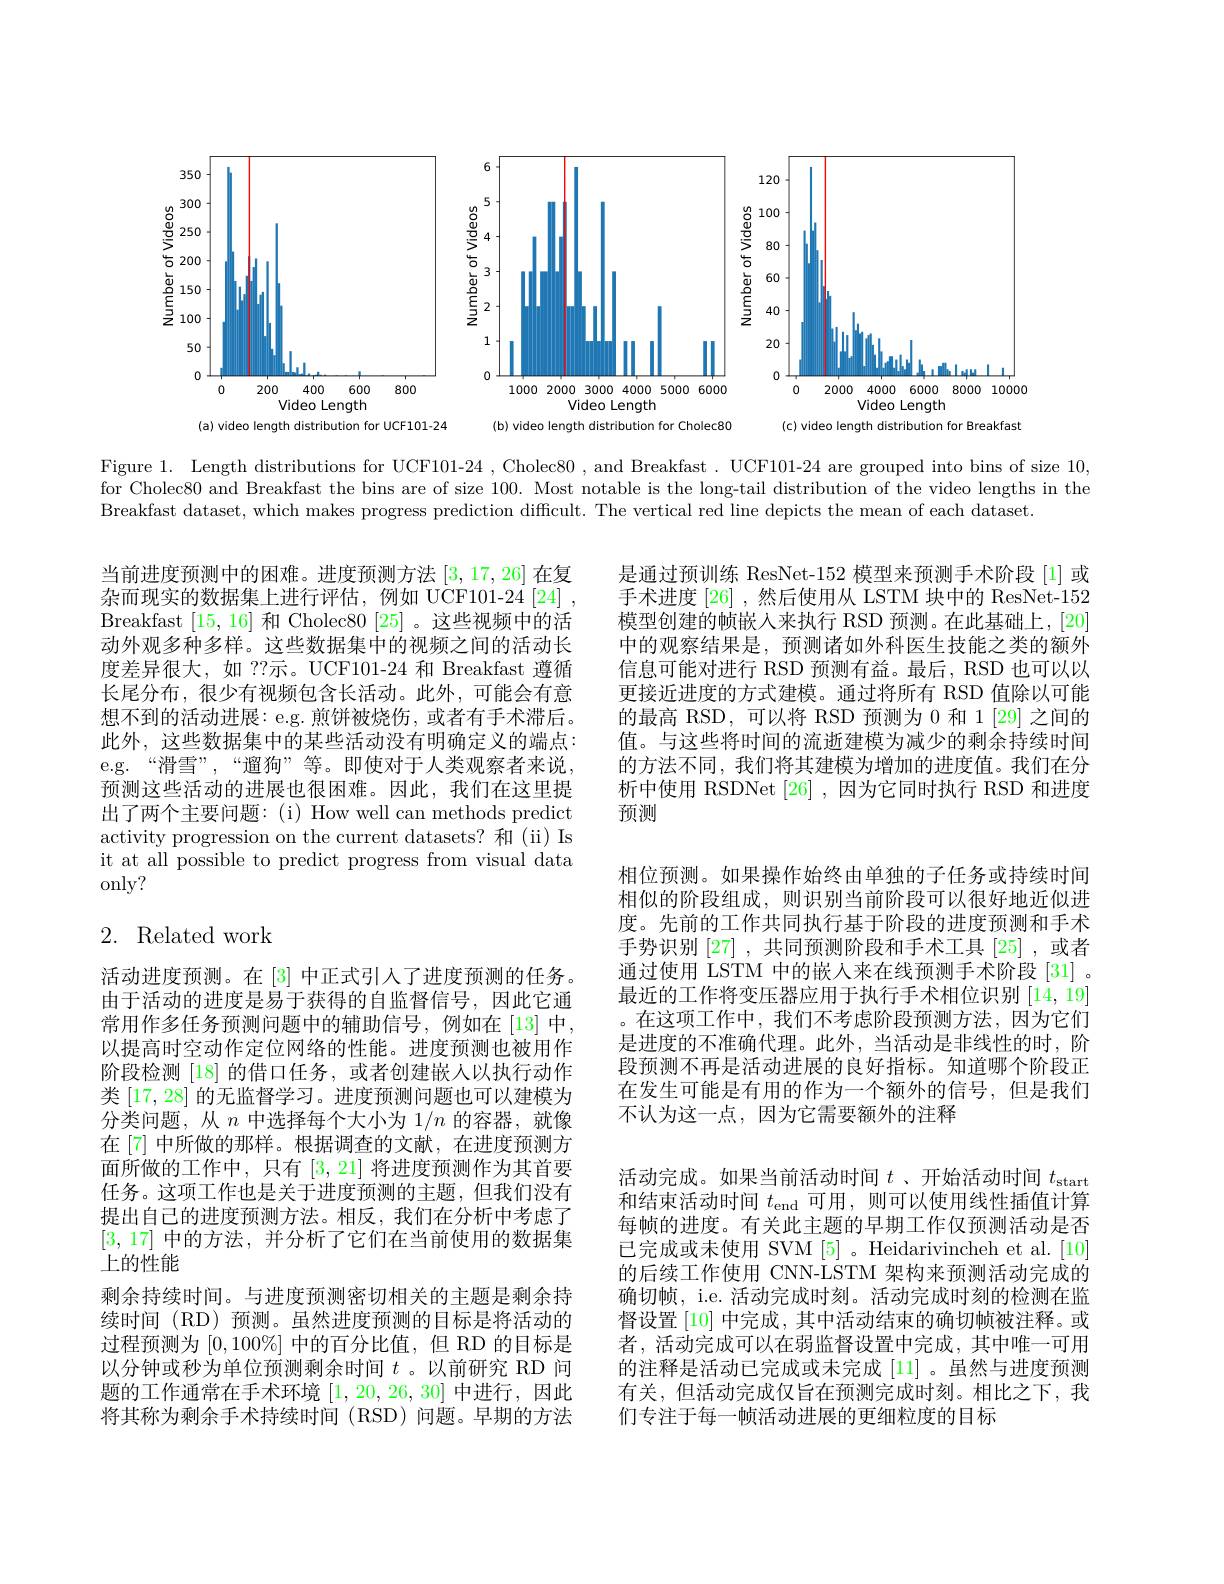
<FigureHere>

Figure 1. Length distributions for UCF101-24 , Cholec80 , and Breakfast . UCF101-24 are grouped into bins of size 10, for Cholec80 and Breakfast the bins are of size 100. Most notable is the long-tail distribution of the video lengths in the Breakfast dataset, which makes progress prediction difficult. The vertical red line depicts the mean of each dataset.

是通过预训练 ResNet-152 模型来预测手术阶段[1]或手术进度 [26] ,然后使用从 LSTM 块中的 ResNet-152模型创建的帧嵌入来执行 RSD 预测。在此基础上，[20] 中的观察结果是，预测诸如外科医生技能之类的额外信息可能对进行 RSD 预测有益。最后，RSD 也可以以更接近进度的方式建模。通过将所有 RSD 值除以可能的最高 RSD,可以将 RSD 预测为 0 和 1 [29] 之间的值。与这些将时间的流逝建模为减少的剩余持续时间的方法不同，我们将其建模为增加的进度值。我们在分析中使用 RSDNet [26] ,因为它同时执行 RSD 和进度预测

当前进度预测中的困难。进度预测方法[3,17,26]在复杂而现实的数据集上进行评估，例如 UCF101-24[24] , Breakfast [15,16]和 Cholec80 [25] 。这些视频中的活动外观多种多样。这些数据集中的视频之间的活动长度差异很大，如 ??示。UCF101-24 和 Breakfast 遵循长尾分布，很少有视频包含长活动。此外，可能会有意想不到的活动进展：e.g. 煎饼被烧伤，或者有手术滞后。此外，这些数据集中的某些活动没有明确定义的端点： e.g.“滑雪”,“遛狗”等。即使对于人类观察者来说， 预测这些活动的进展也很困难。因此，我们在这里提出了两个主要问题：(i) How well can methods predict activity progression on the current datasets? 和 (ii) Is it at all possible to predict progress from visual data only?

# 2. Related work

相位预测。如果操作始终由单独的子任务或持续时间相似的阶段组成，则识别当前阶段可以很好地近似进度。先前的工作共同执行基于阶段的进度预测和手术手势识别[27] ,共同预测阶段和手术工具[25] ,或者通过使用 LSTM 中的嵌入来在线预测手术阶段[31] 。最近的工作将变压器应用于执行手术相位识别 [14,19] 。在这项工作中，我们不考虑阶段预测方法，因为它们是进度的不准确代理。此外，当活动是非线性的时，阶段预测不再是活动进展的良好指标。知道哪个阶段正在发生可能是有用的作为一个额外的信号，但是我们不认为这一点，因为它需要额外的注释
活动完成。如果当前活动时间$t$ 、开始活动时间$t_\mathrm{start}$ 和结束活动时间$t_\mathrm{end}$可用，则可以使用线性插值计算每帧的进度。有关此主题的早期工作仅预测活动是否已完成或未使用 SVM [5] 。Heidarivincheh et al.[10] 的后续工作使用 CNN-LSTM 架构来预测活动完成的确切帧，i.e. 活动完成时刻。活动完成时刻的检测在监督设置[10]中完成，其中活动结束的确切帧被注释。或者，活动完成可以在弱监督设置中完成，其中唯一可用的注释是活动已完成或未完成 [11] 。虽然与进度预测有关，但活动完成仅旨在预测完成时刻。相比之下，我们专注于每一帧活动进展的更细粒度的目标

活动进度预测。在[3] 中正式引入了进度预测的任务。由于活动的进度是易于获得的自监督信号，因此它通常用作多任务预测问题中的辅助信号，例如在[13]中， 以提高时空动作定位网络的性能。进度预测也被用作阶段检测[18]的借口任务，或者创建嵌人以执行动作类 [17,28] 的无监督学习。进度预测问题也可以建模为分类问题，从$n$中选择每个大小为$1/n$的容器，就像在[7] 中所做的那样。根据调查的文献，在进度预测方面所做的工作中，只有[3,21]将进度预测作为其首要任务。这项工作也是关于进度预测的主题，但我们没有提出自己的进度预测方法。相反，我们在分析中考虑了[3,17]中的方法，并分析了它们在当前使用的数据集上的性能
剩余持续时间。与进度预测密切相关的主题是剩余持续时间 (RD) 预测。虽然进度预测的目标是将活动的过程预测为$[0,100\%]$中的百分比值，但 RD 的目标是以分钟或秒为单位预测剩余时间$t$ 。以前研究 RD 问题的工作通常在手术环境[1,20,26,30]中进行，因此将其称为剩余手术持续时间(RSD)问题。早期的方法